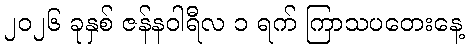
၂၀၂၆ ခုနှစ် ဇန်နဝါရီလ ၁ ရက် ကြာသပတေးနေ့